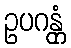
ဥပဂန္တုံ